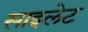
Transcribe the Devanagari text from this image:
साइलेट